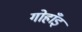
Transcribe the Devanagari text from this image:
गोहाँइ